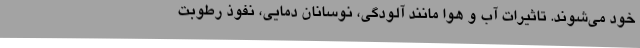
خود می‌شوند. تاثیرات آب و هوا مانند آلودگی، ‌نوسانان دمایی، نفوذ رطوبت